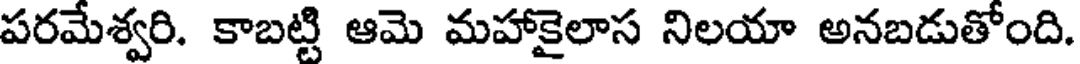
పరమేశ్వరి. కాబట్టి ఆమె మహాకైలాస నిలయా అనబడుతోంది.